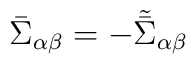
\bar \Sigma_{\alpha\beta} =- \tilde{\bar \Sigma}_{\alpha\beta}